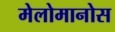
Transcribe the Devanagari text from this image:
मेलोमानोस